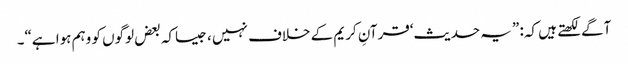
آگے لکھتے ہیں کہ: ”یہ حدیث‘قرآنِ کریم کے خلاف نہیں ، جیساکہ بعض لوگوں کو وہم ہوا ہے“۔